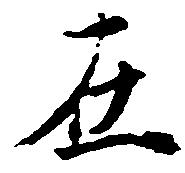
在